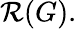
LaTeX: {\mathcal{R}}(G).